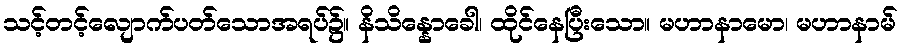
သင့်တင့်လျောက်ပတ်သောအရပ်၌။ နိသိန္နောခေါ၊ ထိုင်နေပြီးသော။ မဟာနာမော၊ မဟာနာမ်